Tezpur Lunatic Asylum reports 1877-1894 - 1877-1894
Year: 1877
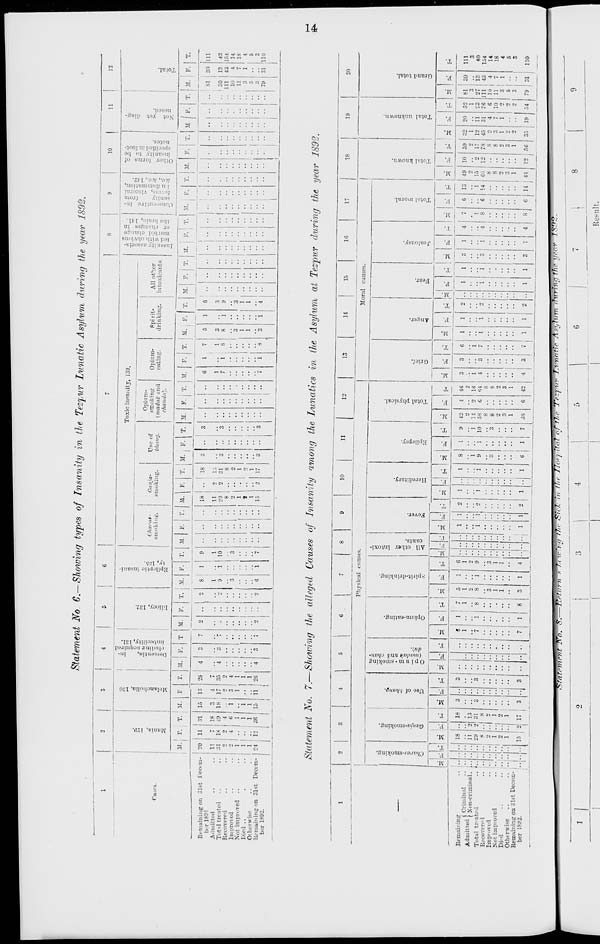
Statement No. 6.—Showing types of Insanity in the Tezpur Lunatic Asylum during the year 1892.
1
2
3
4
5
6
1
7
8
9
10
j
11
12
o
a
"o
e
a
"""5 M
-si?
c .£ g
5
a : *-
H
Toxic insanity, 139.
c > ~ '/. —
1"° ° t. 2
■- c S 5 .
b '-; — •;
-y- ?s-
.t > a .
-"1 *
c 5 : .' c =j
o ■;. £ - >.
Kg-*
— o
■ a °
iffl
a,
~ 1
rases.
Charat-
smoking.
Ganja-
smok'iiig.
Use of
bhang.
Opinm-
smoking
(madiil; and
rhiliiilu).
Opinm-
eating.
Ppi rit-
(1 rin king.
All ot^.er
intoxicants.
<3
"5
11.' F. T. jr.
1
F
r. M. F. T M. P. T. M. P. T. M. P. T. 11. F. T. M. P.
1 •
T. M. F. j T. M.
6
1
7
7
F. j T. M. F. T. M. F. T.
1
i
11. I P. 1 T.
i
1
M.
P.
1
T.
-
•
1
T. M | F. T. ir. F. [ T.
Remaining on Cist Decem-
ber 1891
Admitted
Total treated
Recovered
Improved
Not improved ..
Died ..
Otherwise
Remaining on 31st Decem-
ber 1892.
20
11
31
o
2
1
1
1
24
11
18
2
4
12
31
IS
49
4
6
1
1
1
36
15
3
IS
1
1
1
la
i
13
1
17
3
-•
»
28
j
4
4
4
3
7
2
• •
2 ;;
2
2
8
1
9
6
1
i
I
0
1
10
7
i
18
11
29
8
2
1
?
1
15
2
2
!
18
£
8
2
1
2
1
17
3
3
3
••
3
3
3
1
i
I
7
1
S
8
5
3
8
1 1
1
3
1
1
1
6
9
1
1
4
..
•
••
si
30
111
10
11
3
5
79
30
13
43
t
7
1
31
111
43
154
14
18
4
5
3
110
Statement No. 7.—Showing the alleged Causes of Insanity among the Lunatics in the Asylum at Tezpur during the year 1892.
10
li
Physical causes.
o
<s
5»
a — H <■- —
.S 5
£•?
o <-
£-3
c
O
X
o
bo
c
^ «
H
Remaining
Admitted J Criminal _
( Non-criminal.
Total treated
Reoovere 1
Imp">vc-d
Not improved
Di.d
Otherwise
Remaining on 31st Decem-
ber 1892.
IS
18
15] 2|
13
31
H
2
I
2
1
17
< E
s.1 E-
12
13
14
15
16
17
18
P.
o
46
2
16
64
8
8
2
3
1
42
Moral canses.
to
8
o
EH
P*
I, &
H I « i —
o
.5
o
H
14 | 44
19
c
J4
o
H
*
P=i | S-l
10 59
2
2 17
12 78
8
8
2
3
•- 1
12 J
56 33 19 54
20
111
3
40
154
14
18
4
5
3
110
••yrarrm
Result.